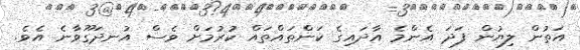
އަތުން ލިޔުން ފަދަ އެންމެ އާދައިގެ ކަންތައްތައް ކުރުމަށް ވެސް އުނދަގޫވާނެ އެވެ.